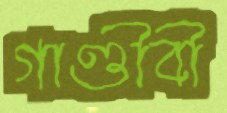
গাণ্ডীবী